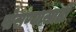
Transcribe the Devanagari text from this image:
पोसण्यासाठी